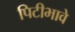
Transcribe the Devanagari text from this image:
पिटीभावे